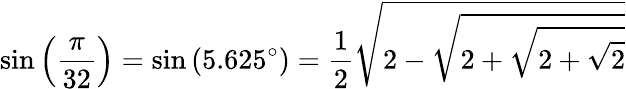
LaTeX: \sin\left({\frac{\pi}{32}}\right)=\sin\left(5.625^{\circ}\right)={\frac{1}{2}}{\sqrt{2-{\sqrt{2+{\sqrt{2+{\sqrt{2}}}}}}}}